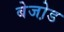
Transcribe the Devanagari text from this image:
बेजो़ड